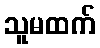
သူမထက်